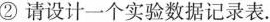
②请设计一个实验数据记录表。